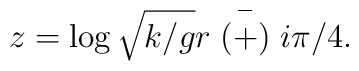
z=\log\sqrt{k/g}r \stackrel{-}{(+)} i\pi/4.